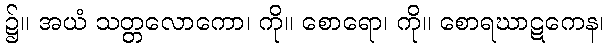
၌။ အယံ သတ္တလောကော၊ ကို။ စောရော၊ ကို။ စောရဃာဋကေန၊